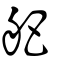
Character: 舥